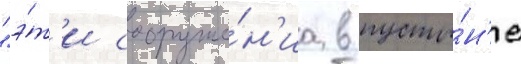
"э́т'и сооруже́н'иа в пусты́н'е